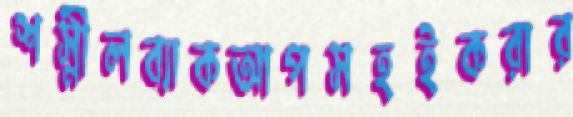
শস্নীলব্যাকআপসহইকরার